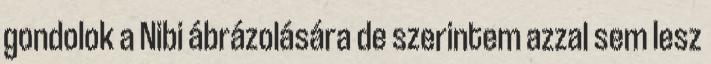
gondolok a Nibi ábrázolására de szerintem azzal sem lesz